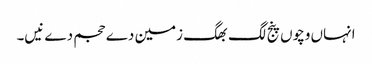
انہاں وچو‏ں پنج لگ بھگ زمین دے حجم دے نیں۔